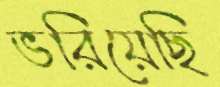
ভরিয়েছি